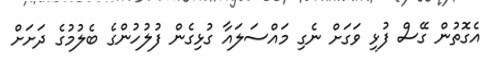
އެގޮތުން ގޭސް ފުޅި ވަގަށް ނެގި މައްސަލައާ ގުޅިގެން ފުލުހުންގެ ބެލުމުގެ ދަށަށް